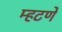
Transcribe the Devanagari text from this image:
म्हटणे